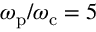
\omega _ { \mathrm { p } } / \omega _ { \mathrm { c } } = 5